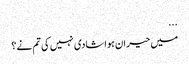
...
میں حیران ہوا شادی نہیں کی تم نے؟